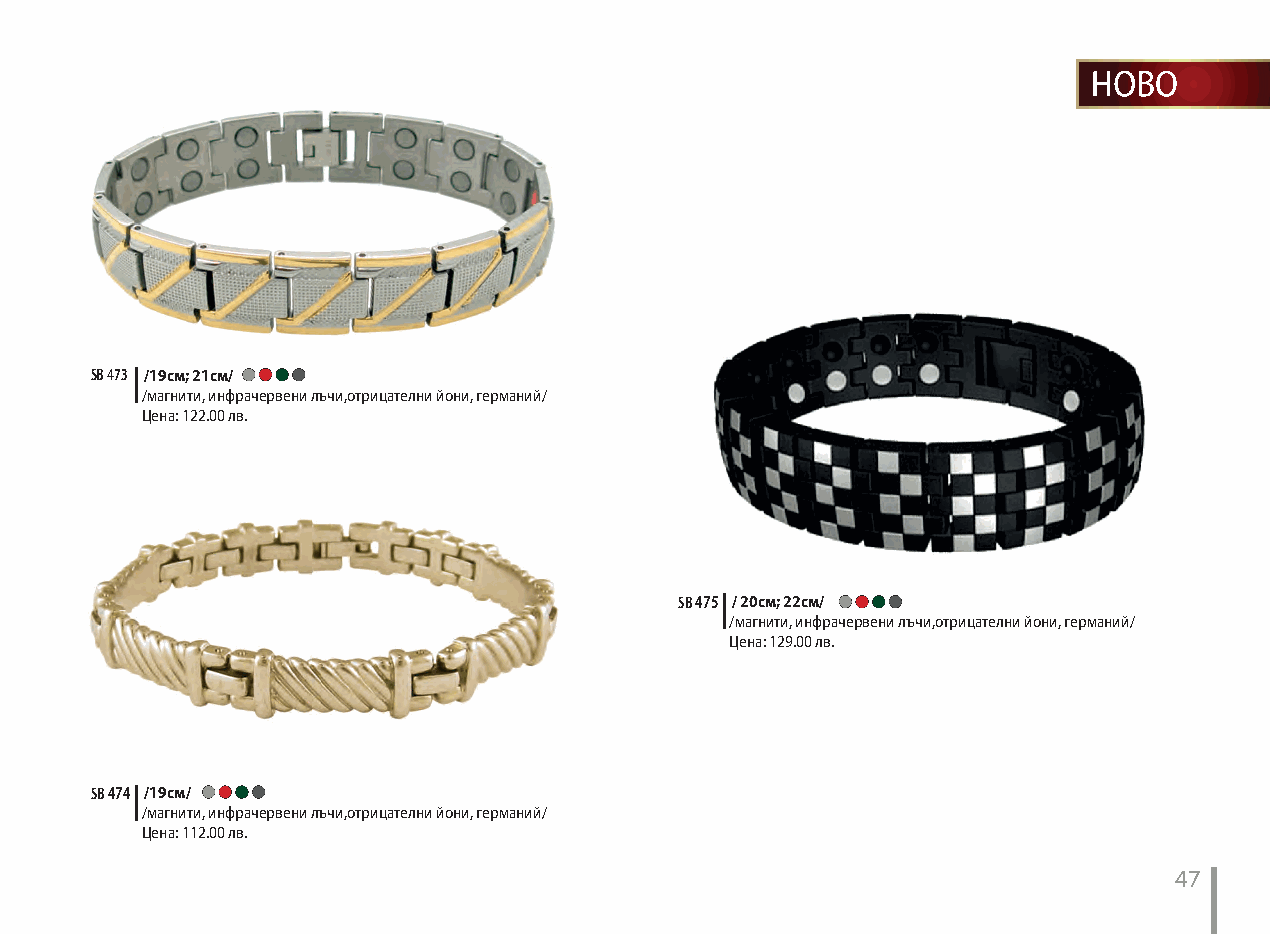
SB 473 /19см; 21см/
 /магнити, инфрачервени лъчи,отрицателни йони, германий/
 Цена: 122.00 лв.
 SB 475 / 20см; 22см/
 /магнити, инфрачервени лъчи,отрицателни йони, германий/
 Цена: 129.00 лв.
 SB 474 /19см/
 /магнити, инфрачервени лъчи,отрицателни йони, германий/
 Цена: 112.00 лв.
 47